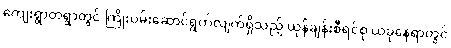
ကျေးရွာတရွာတွင် ကြိုးပမ်းဆောင်ရွက်လျက်ရှိသည့် ယုန်ချန်းစီရင်စု ယခုနေရာတွင်